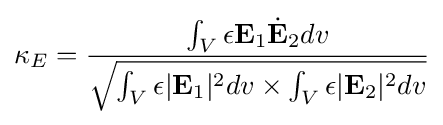
\kappa _{E}={\frac {\int _{V}\epsilon \mathbf {E} _{1}{\dot {\mathbf {E} }}_{2}dv}{\sqrt {\int _{V}\epsilon |\mathbf {E} _{1}|^{2}dv\times \int _{V}\epsilon |\mathbf {E} _{2}|^{2}dv}}}